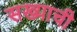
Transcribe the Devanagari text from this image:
सख्याची